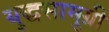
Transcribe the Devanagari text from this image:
युद्धसामुग्री